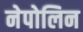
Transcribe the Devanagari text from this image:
नेपोलिन